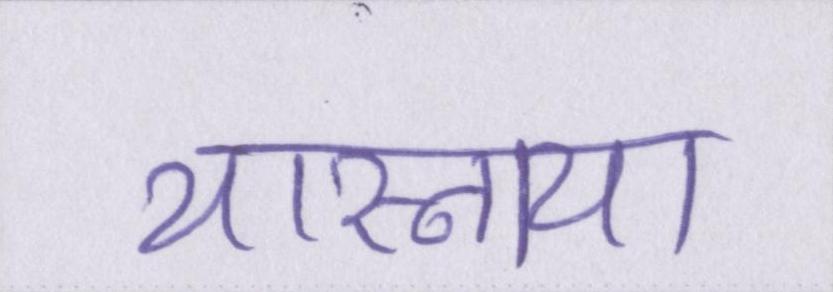
यास्नाया